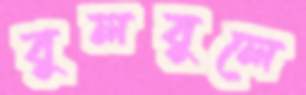
বুলবুলে